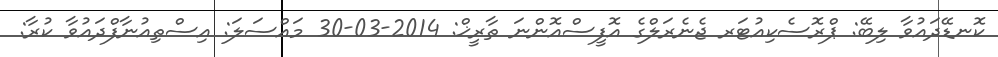
ކޮނޑޭދައުވާ ލިބޭ: ޕްރޮސެކިއުޓަރ ޖެނެރަލްގެ އޮފީސްއޮންނަ ތާރީޚް: 2014-03-30 މައްސަލަ: އިސްތިއުނާފްދައުވާ ކުރާ: